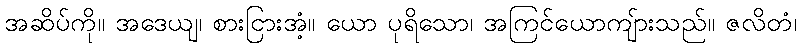
အဆိပ်ကို။ အဒေယျ၊ စားငြားအံ့။ ယော ပုရိသော၊ အကြင်ယောကျ်ားသည်။ ဇလိတံ၊